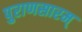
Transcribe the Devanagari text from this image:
पुराणसारम्